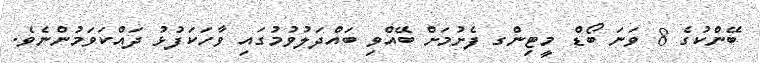
ބޭންކުގެ 8 ވަނަ ބޯޑް މީޓިންގ ފެށުމަށް ބޭއްވި ބައްދަލުވުމުގައި ވާހަކަފުޅު ދައްކަވަމުންނެވެ.